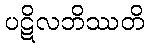
ပဋိလဘိဿတိ